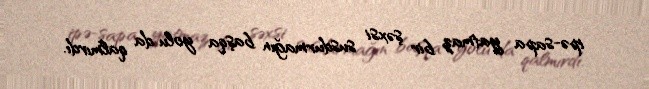
ipə-sapa yatmaz bir şəxsi susdurmağın başqa yolu da qalmırdı.